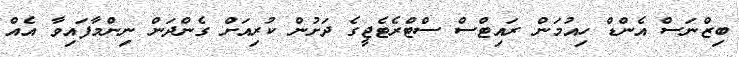
ބިޒްނަސް އެންޑް ހިއުމަން ރައިޓްސް ސްޓްރެޓެޖީގެ ދަށުން ކުރިއަށް ގެންދަން ނިންމާފައިވާ އެއް